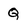
Character: Q